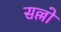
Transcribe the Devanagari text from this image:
सल्लो